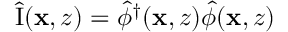
\hat { \mathrm { I } } ( \mathbf { x } , z ) = \hat { \phi } ^ { \dagger } ( \mathbf { x } , z ) \hat { \phi } ( \mathbf { x } , z )